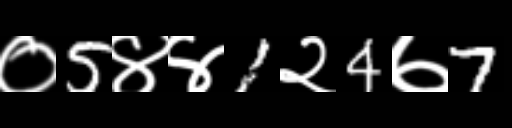
Text: ०5४४1२4७7